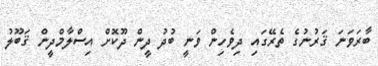
ބާރަވަނަ ޤަރުނުގެ ތެރޭގައި ދިވެހިން ވަނީ ބުދު ދީން ދޫކޮށް އިސްލާމްދީން ޤަބޫލު